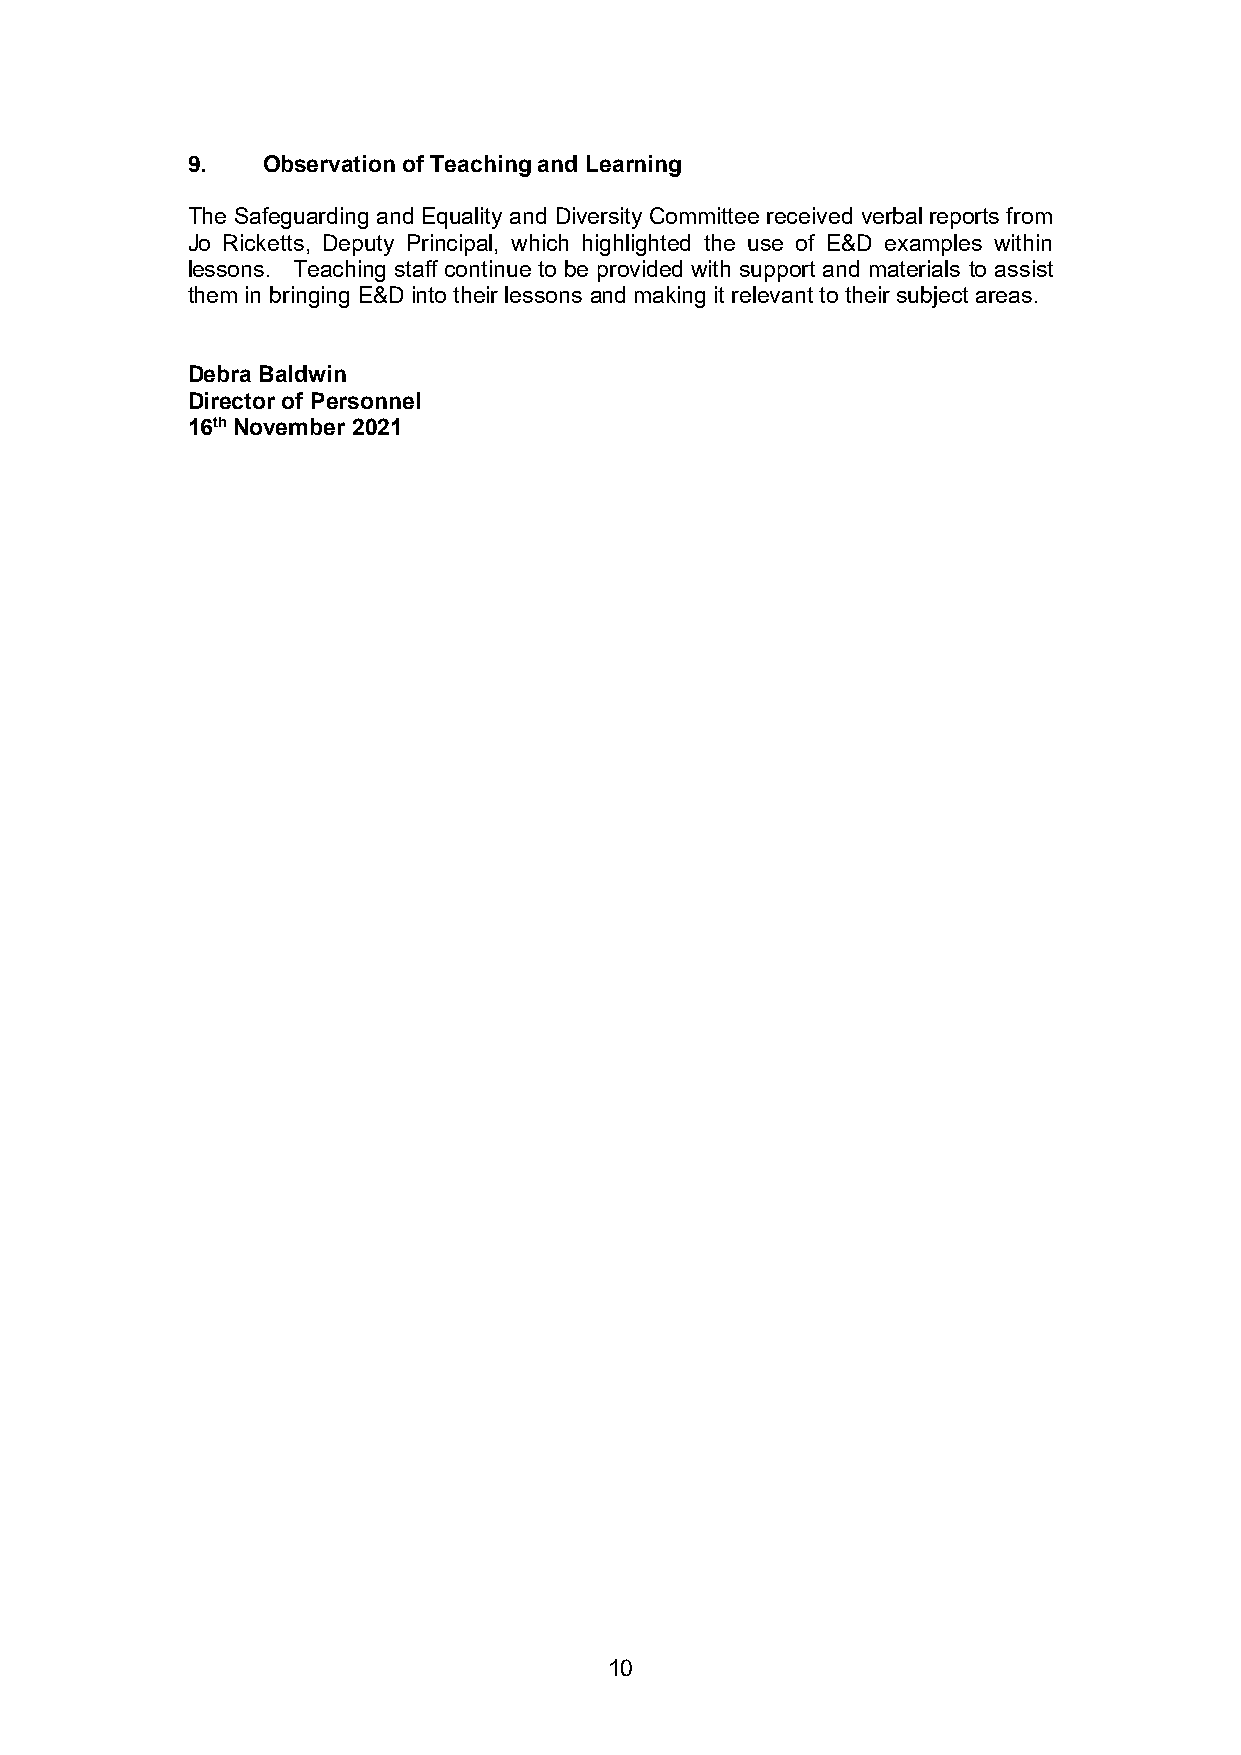
9.   Observation of Teaching and Learning
 The Safeguarding and Equality and Diversity Committee received verbal reports from
 Jo Ricketts, Deputy Principal, which highlighted the use of E&D examples within
 lessons. Teaching staff continue to be provided with support and materials to assist
 them in bringing E&D into their lessons and making it relevant to their subject areas.
 Debra Baldwin
 Director of Personnel
 16th November 2021
 10